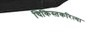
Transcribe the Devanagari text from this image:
चिकिस्तकरित्या